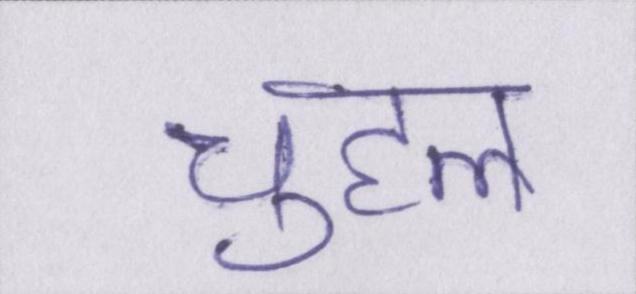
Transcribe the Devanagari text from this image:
चुहल